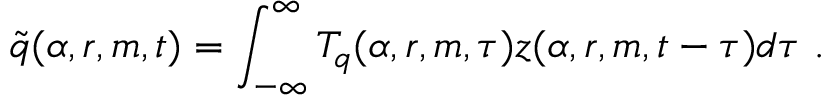
\boldsymbol { \tilde { q } } ( \alpha , r , m , t ) = \int _ { - \infty } ^ { \infty } \boldsymbol { T _ { q } } ( \alpha , r , m , \tau ) \boldsymbol { z } ( \alpha , r , m , t - \tau ) d \tau \mathrm { ~ . ~ }